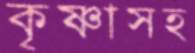
কৃষ্ণাসহ